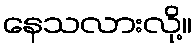
နေသလားလို့။